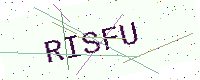
Text: RISFU